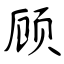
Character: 顾